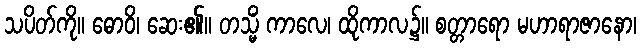
သပိတ်ကို။ ဓောဝိ၊ ဆေး၏။ တသ္မိံ ကာလေ၊ ထိုကာလ၌။ စတ္တာရော မဟာရာဇာနော၊